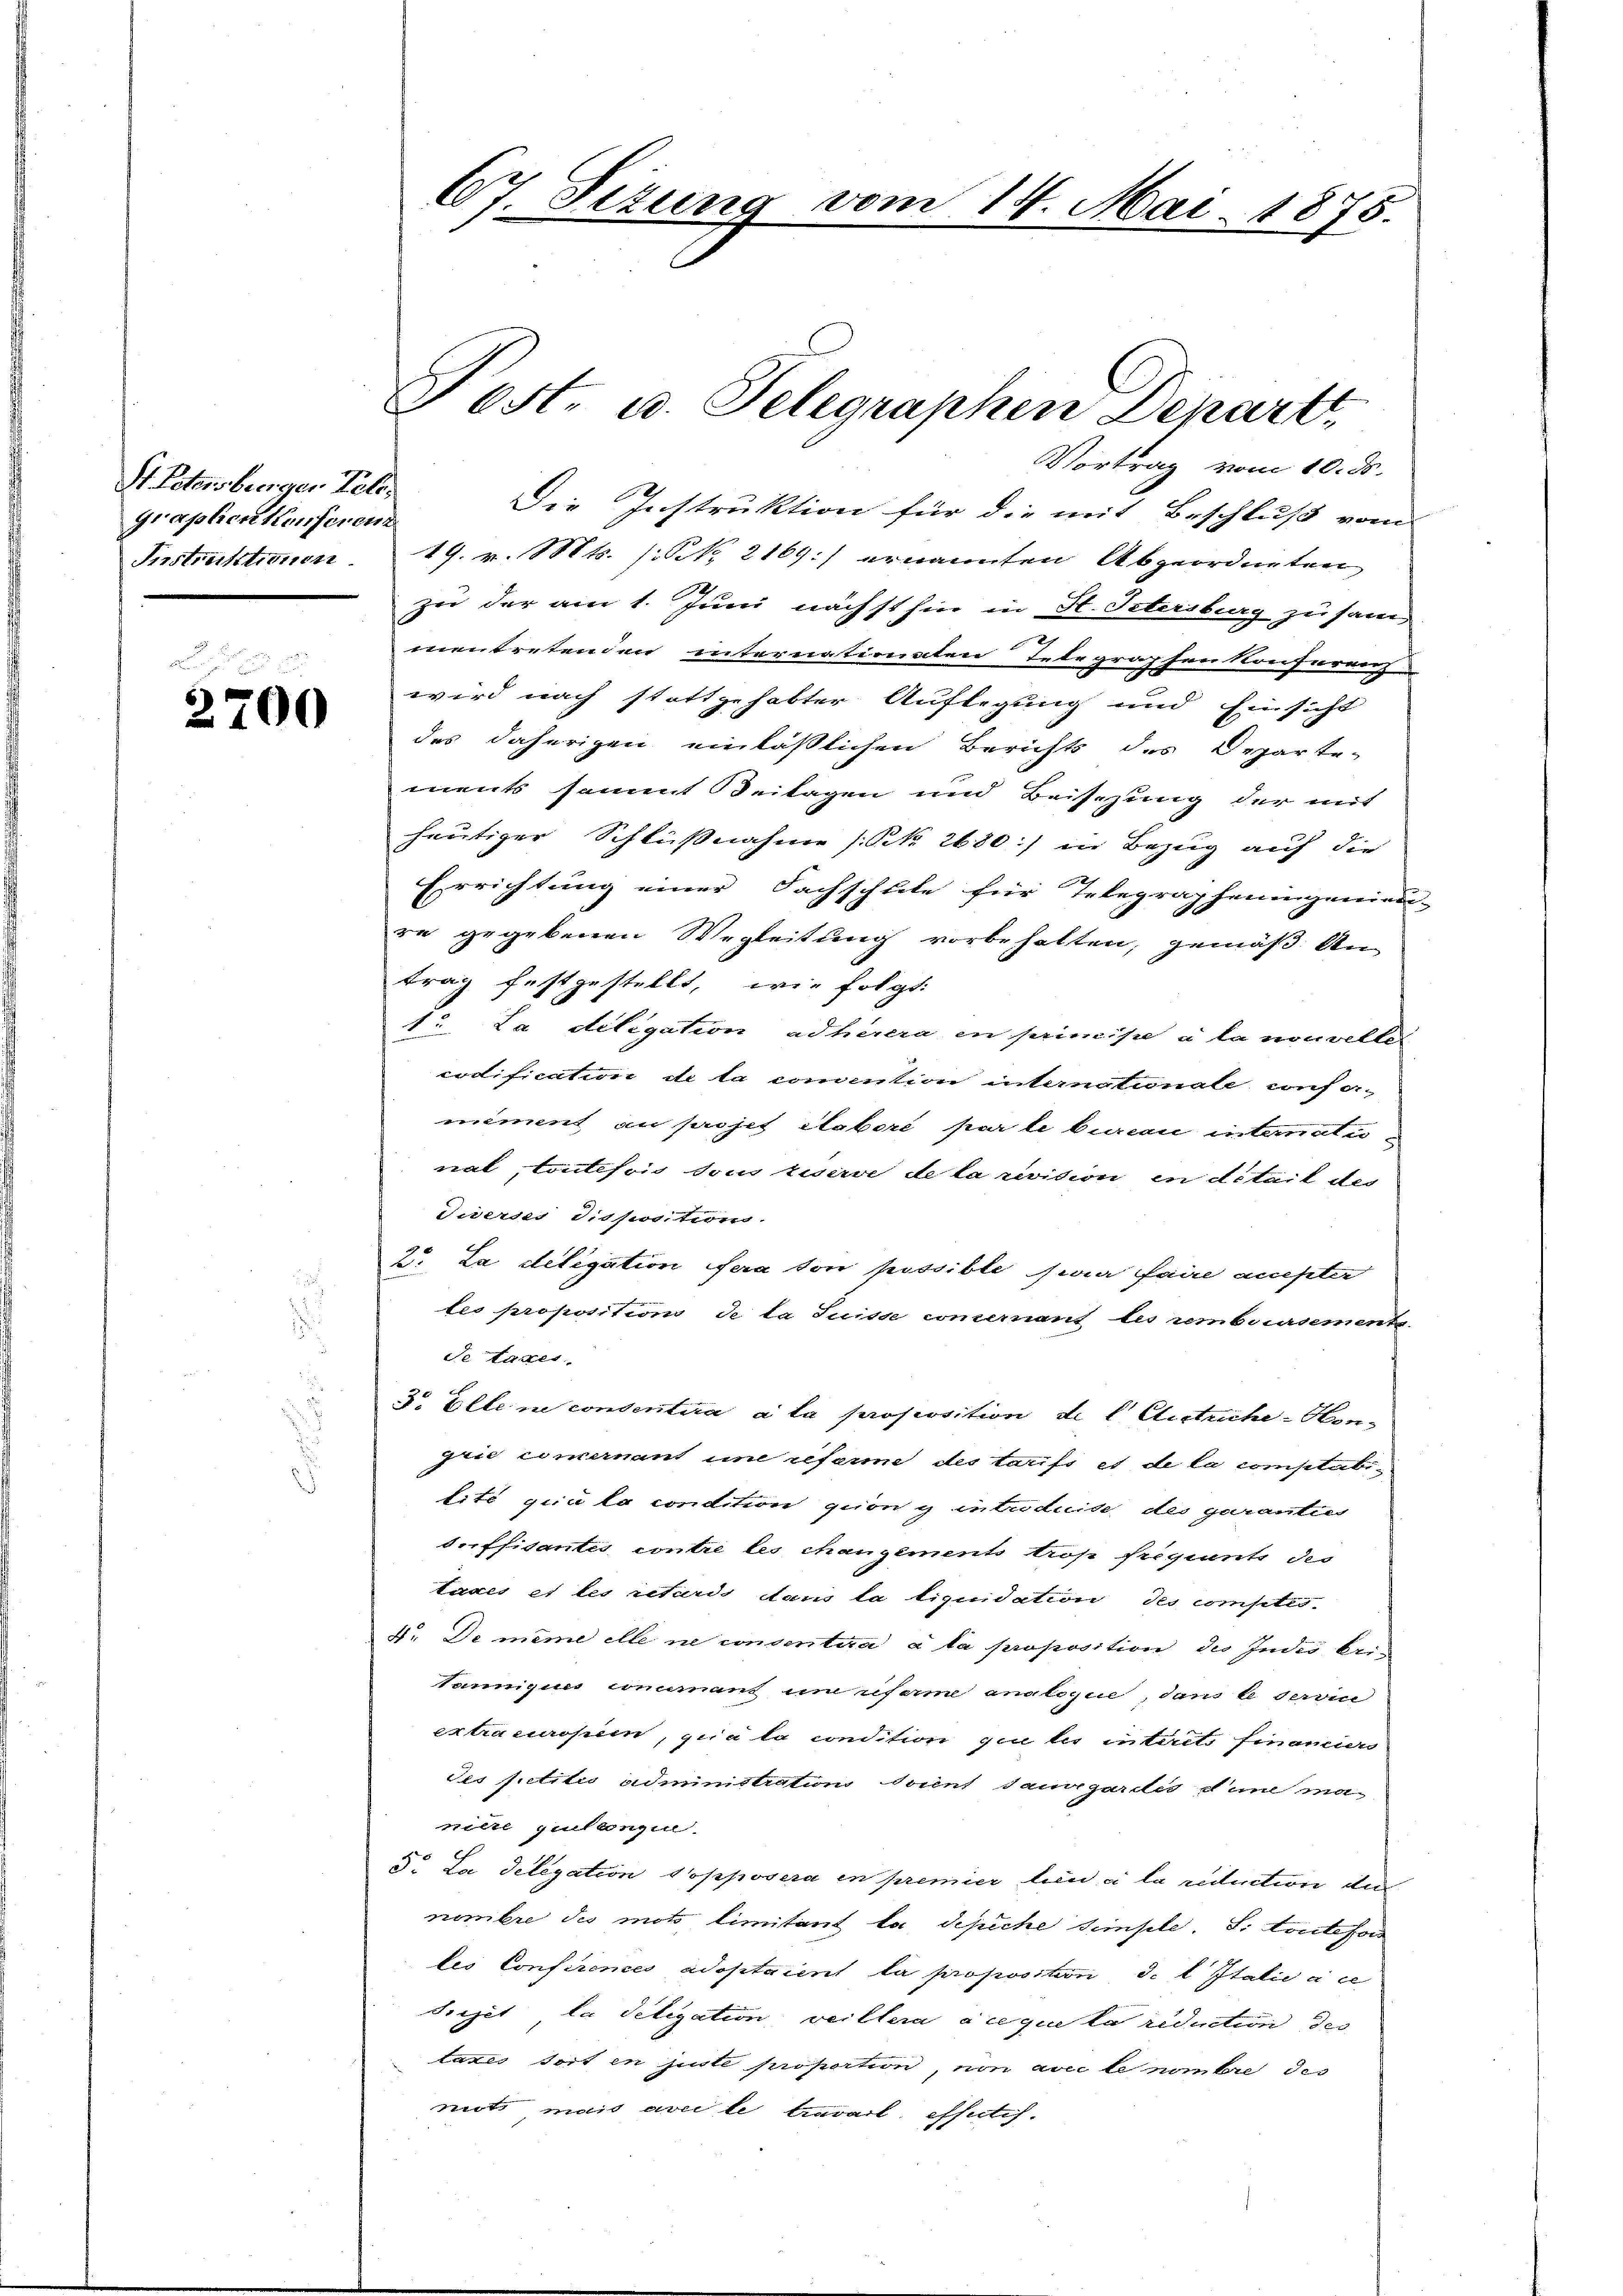
St. Petersburger Telegraphien Konferenz

2700

Vortrag vom 10. ds.
Die Instruktion für die mit Beschluß vom
Instruktionen 19. v. Mts. (: No 216) ernannten Abgeordneten
zu der am 1. Juni nächst hin in St. Petersburg zusam¬
u
mentretenden internationaten Telegraphen Konferenz
wird nach stattgehabter Auflegung und Einsicht
des daherigen einläßlichen Berichts des Departe-
ments sammt Beilagen und Beisezung der mit
heutiger Schlußnahme (NNo. 2680:/ in Bezug auf die
Errichtung einer Fachschlele für Telegrapheningeniede-
re gegebenen Wegleitung vorbehalten, gemäß Antrag festgestellt, wie folgt:
1. La diligation adhérera en principe à la nouveller
codification de la concention internationale confemiment au projet Elabori par le bureau internationat, toutefois sous riserve de la revision in detail des
diverses dispositions.
2. La delegation fera ton possible hier faire auchten
les proposition de la Suisse commernant les remboursements.
Se tages
3. Elle ne consentira à la proposition de l Clietriche - Hongrie concernant und referie des taufs et de la comptabitité quia la condition geon g introduite des garanties
derffidantes contre les changements tros freqiunt des
taxes et les retards daris la tiquidation des comptes-
F. De même elle ne consentira à la proposition die Indis bri-
Tamniques conumant und reforme analogie, dans le service
extraeurope, qua la condition zu les interet financiers
des Petitio administration docent sauvegardés d’une ma
nitre quelangen.
d. La delegation dopposera in premier den a la reduction der
nombre des mots limitant la depiche simple, S. toutefon
les Conferences adoptaient la proposition, d. l Italie à ce
Prejet la deligation veillera acque la riduction des
taxes dort en juste proportion, von avec le nombre des
niots mais avec le travail effectif.

67. Sizung

Post- u. Telegraphen Depart

vom 14. Mai 1875.